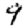
Digit: 9